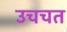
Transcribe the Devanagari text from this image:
उचचत